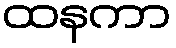
ထနကာ